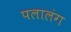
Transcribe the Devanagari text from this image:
पलालंग